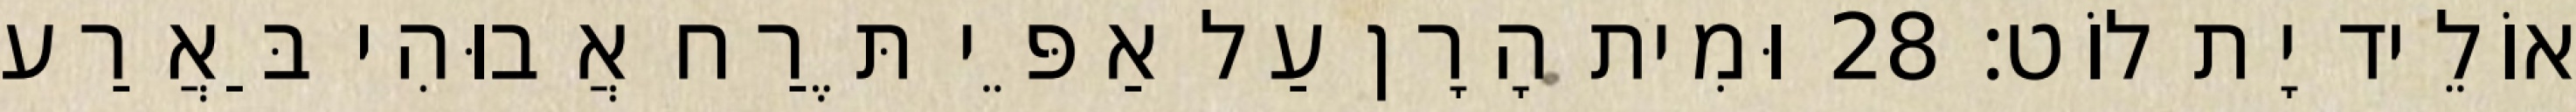
אוֹלֵיד יָת לוֹט׃ 28 וּמִית הָרָן עַל אַפֵּי תֶּרַח אֲבוּהִי בַּאֲרַע